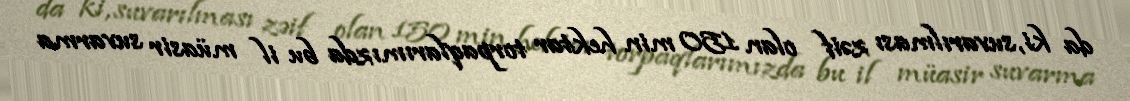
da ki, suvarılması zəif olan 150 min hektar torpaqlarımızda bu il müasir suvarma